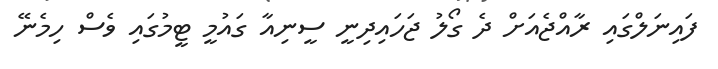
ފައިނަލްގައި ރާއްޖެއަށް ދެ ގޯލު ޖަހައިދިނީ ސީނިއާ ގައުމީ ޓީމުގައި ވެސް ހިމެނޭ